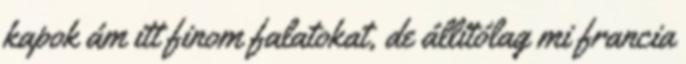
kapok ám itt finom falatokat, de állítólag mi francia